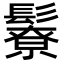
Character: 𩯊